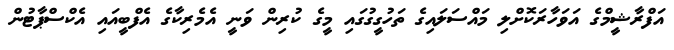
އަފްރާޝީމްގެ އަވަހާރަކޮށްލި މައްސަލައިގެ ތަހުގީގުގައި މީގެ ކުރިން ވަނީ އެމެރިކާގެ އެފްބީއައި އެކްސްޕާޓުން